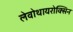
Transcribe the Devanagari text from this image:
लेवोथायरोक्सिन